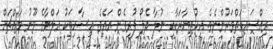
ރިއްސައިގަތްވަރުންނެވެ. އިހުތިޔާރަކާއި ނުލާ ދެލޯ ފުރިގެން އައެވެ. އިސާހިތަކު އަލްޔާގެ މޫނު މައްޗަށް